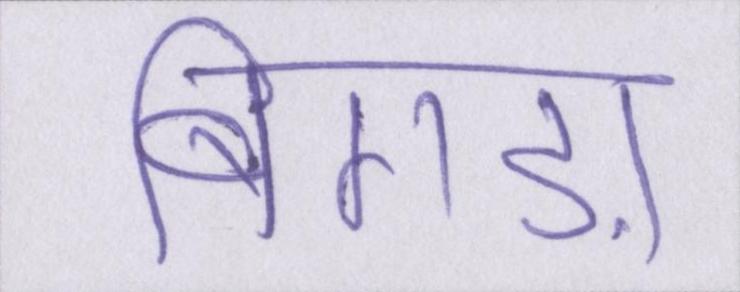
बिगड़ा